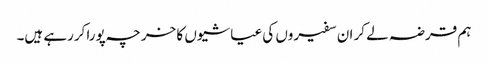
ہم قرضہ لے کر ان سفیروں کی عیاشیوں کا خرچہ پورا کررہے ہیں۔